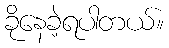
ခိုနေခဲ့ရပါတယ်။